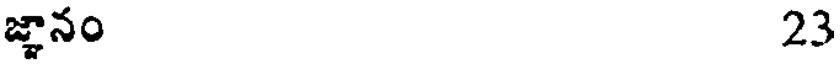
జ్ఞానం 23